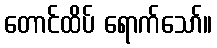
တောင်ထိပ် ရောက်သော်။